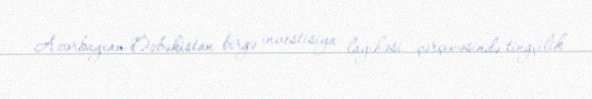
Azərbaycan-Özbəkistan birgə investisiya layihəsi çərçivəsində tingçilik